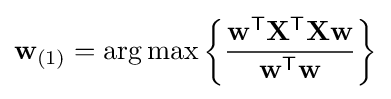
\mathbf {w} _{(1)}=\arg \max \left\{{\frac {\mathbf {w} ^{\mathsf {T}}\mathbf {X} ^{\mathsf {T}}\mathbf {Xw} }{\mathbf {w} ^{\mathsf {T}}\mathbf {w} }}\right\}